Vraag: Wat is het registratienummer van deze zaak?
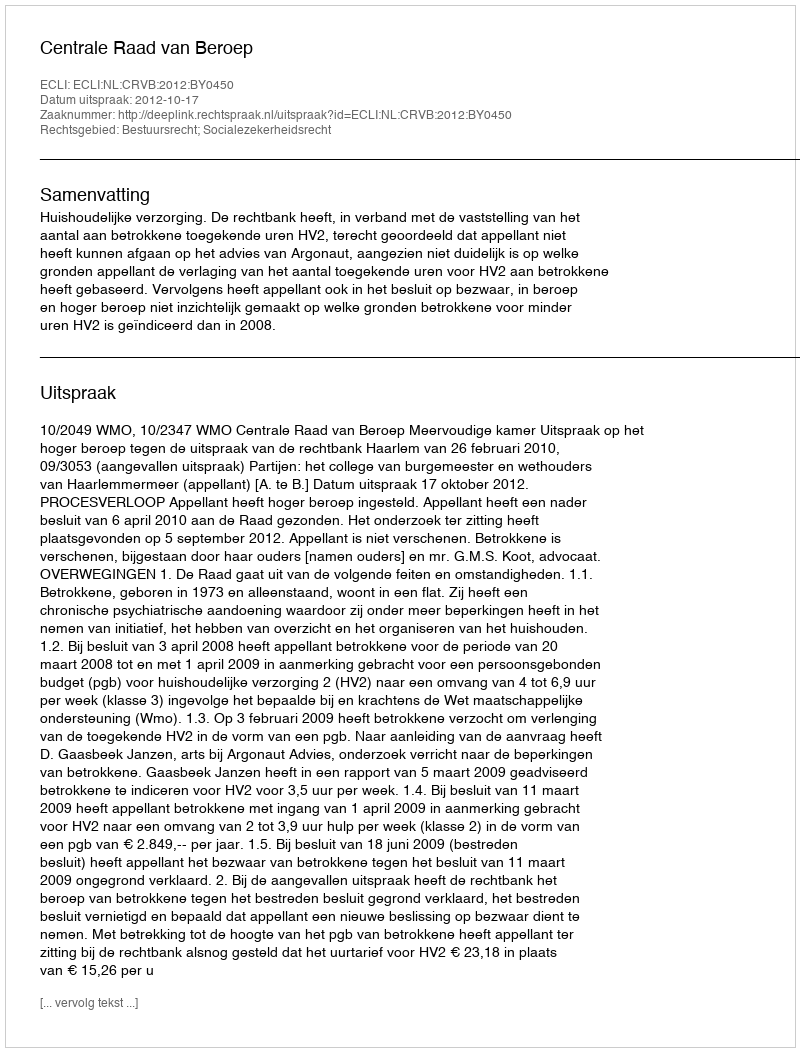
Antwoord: http://deeplink.rechtspraak.nl/uitspraak?id=ECLI:NL:CRVB:2012:BY0450